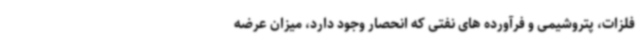
فلزات، پتروشیمی و فرآورده های نفتی که انحصار وجود دارد، میزان عرضه